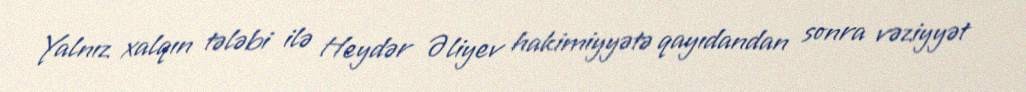
Yalnız xalqın tələbi ilə Heydər Əliyev hakimiyyətə qayıdandan sonra vəziyyət